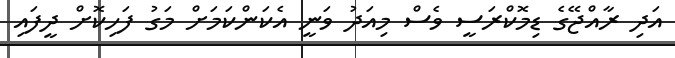
އަދި ރާއްޖޭގެ ޑިމޮކްރަސީ ވެސް މިއަދު ވަނީ އެކަންކަމަށް މަގު ފަހިކޮށް ދީފައި